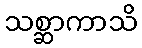
သစ္ဆာကာသိ